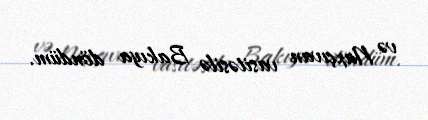
və Naxçıvan vasitəsilə Bakıya döndüm.